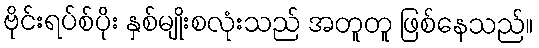
ဗိုင်းရပ်စ်ပိုး နှစ်မျိုးစလုံးသည် အတူတူ ဖြစ်နေသည်။